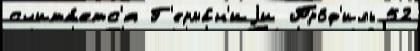
счита́етс'я Г'ерма́н'иjи Про́ф'иль 52